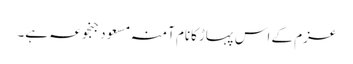
عزم کے اس پہاڑکانام آمنہ مسعود جنجوعہ ہے۔